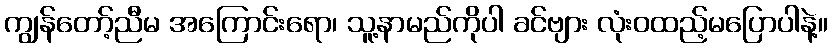
ကျွန်တော့်ညီမ အကြောင်းရော၊ သူ့နာမည်ကိုပါ ခင်ဗျား လုံးဝထည့်မပြောပါနဲ့။